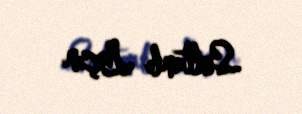
Sultanlı Laçın